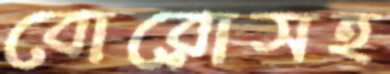
বোরোসহ